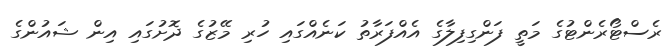
ރެސްޓޯރެންޓުގެ މަތީ ފަންގިފިލާގެ އެއްފަރާތު ކަނެއްގައި ހުރި މޭޒުގެ ދޮށުގައި އިން ޝައުންގެ